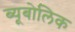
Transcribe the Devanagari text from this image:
ब्यूबोलिक